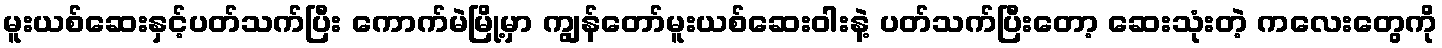
မူးယစ်ဆေးနှင့်ပတ်သက်ပြီး ကောက်မဲမြို့မှာ ကျွန်တော်မူးယစ်ဆေးဝါးနဲ့ ပတ်သက်ပြီးတော့ ဆေးသုံးတဲ့ ကလေးတွေကို